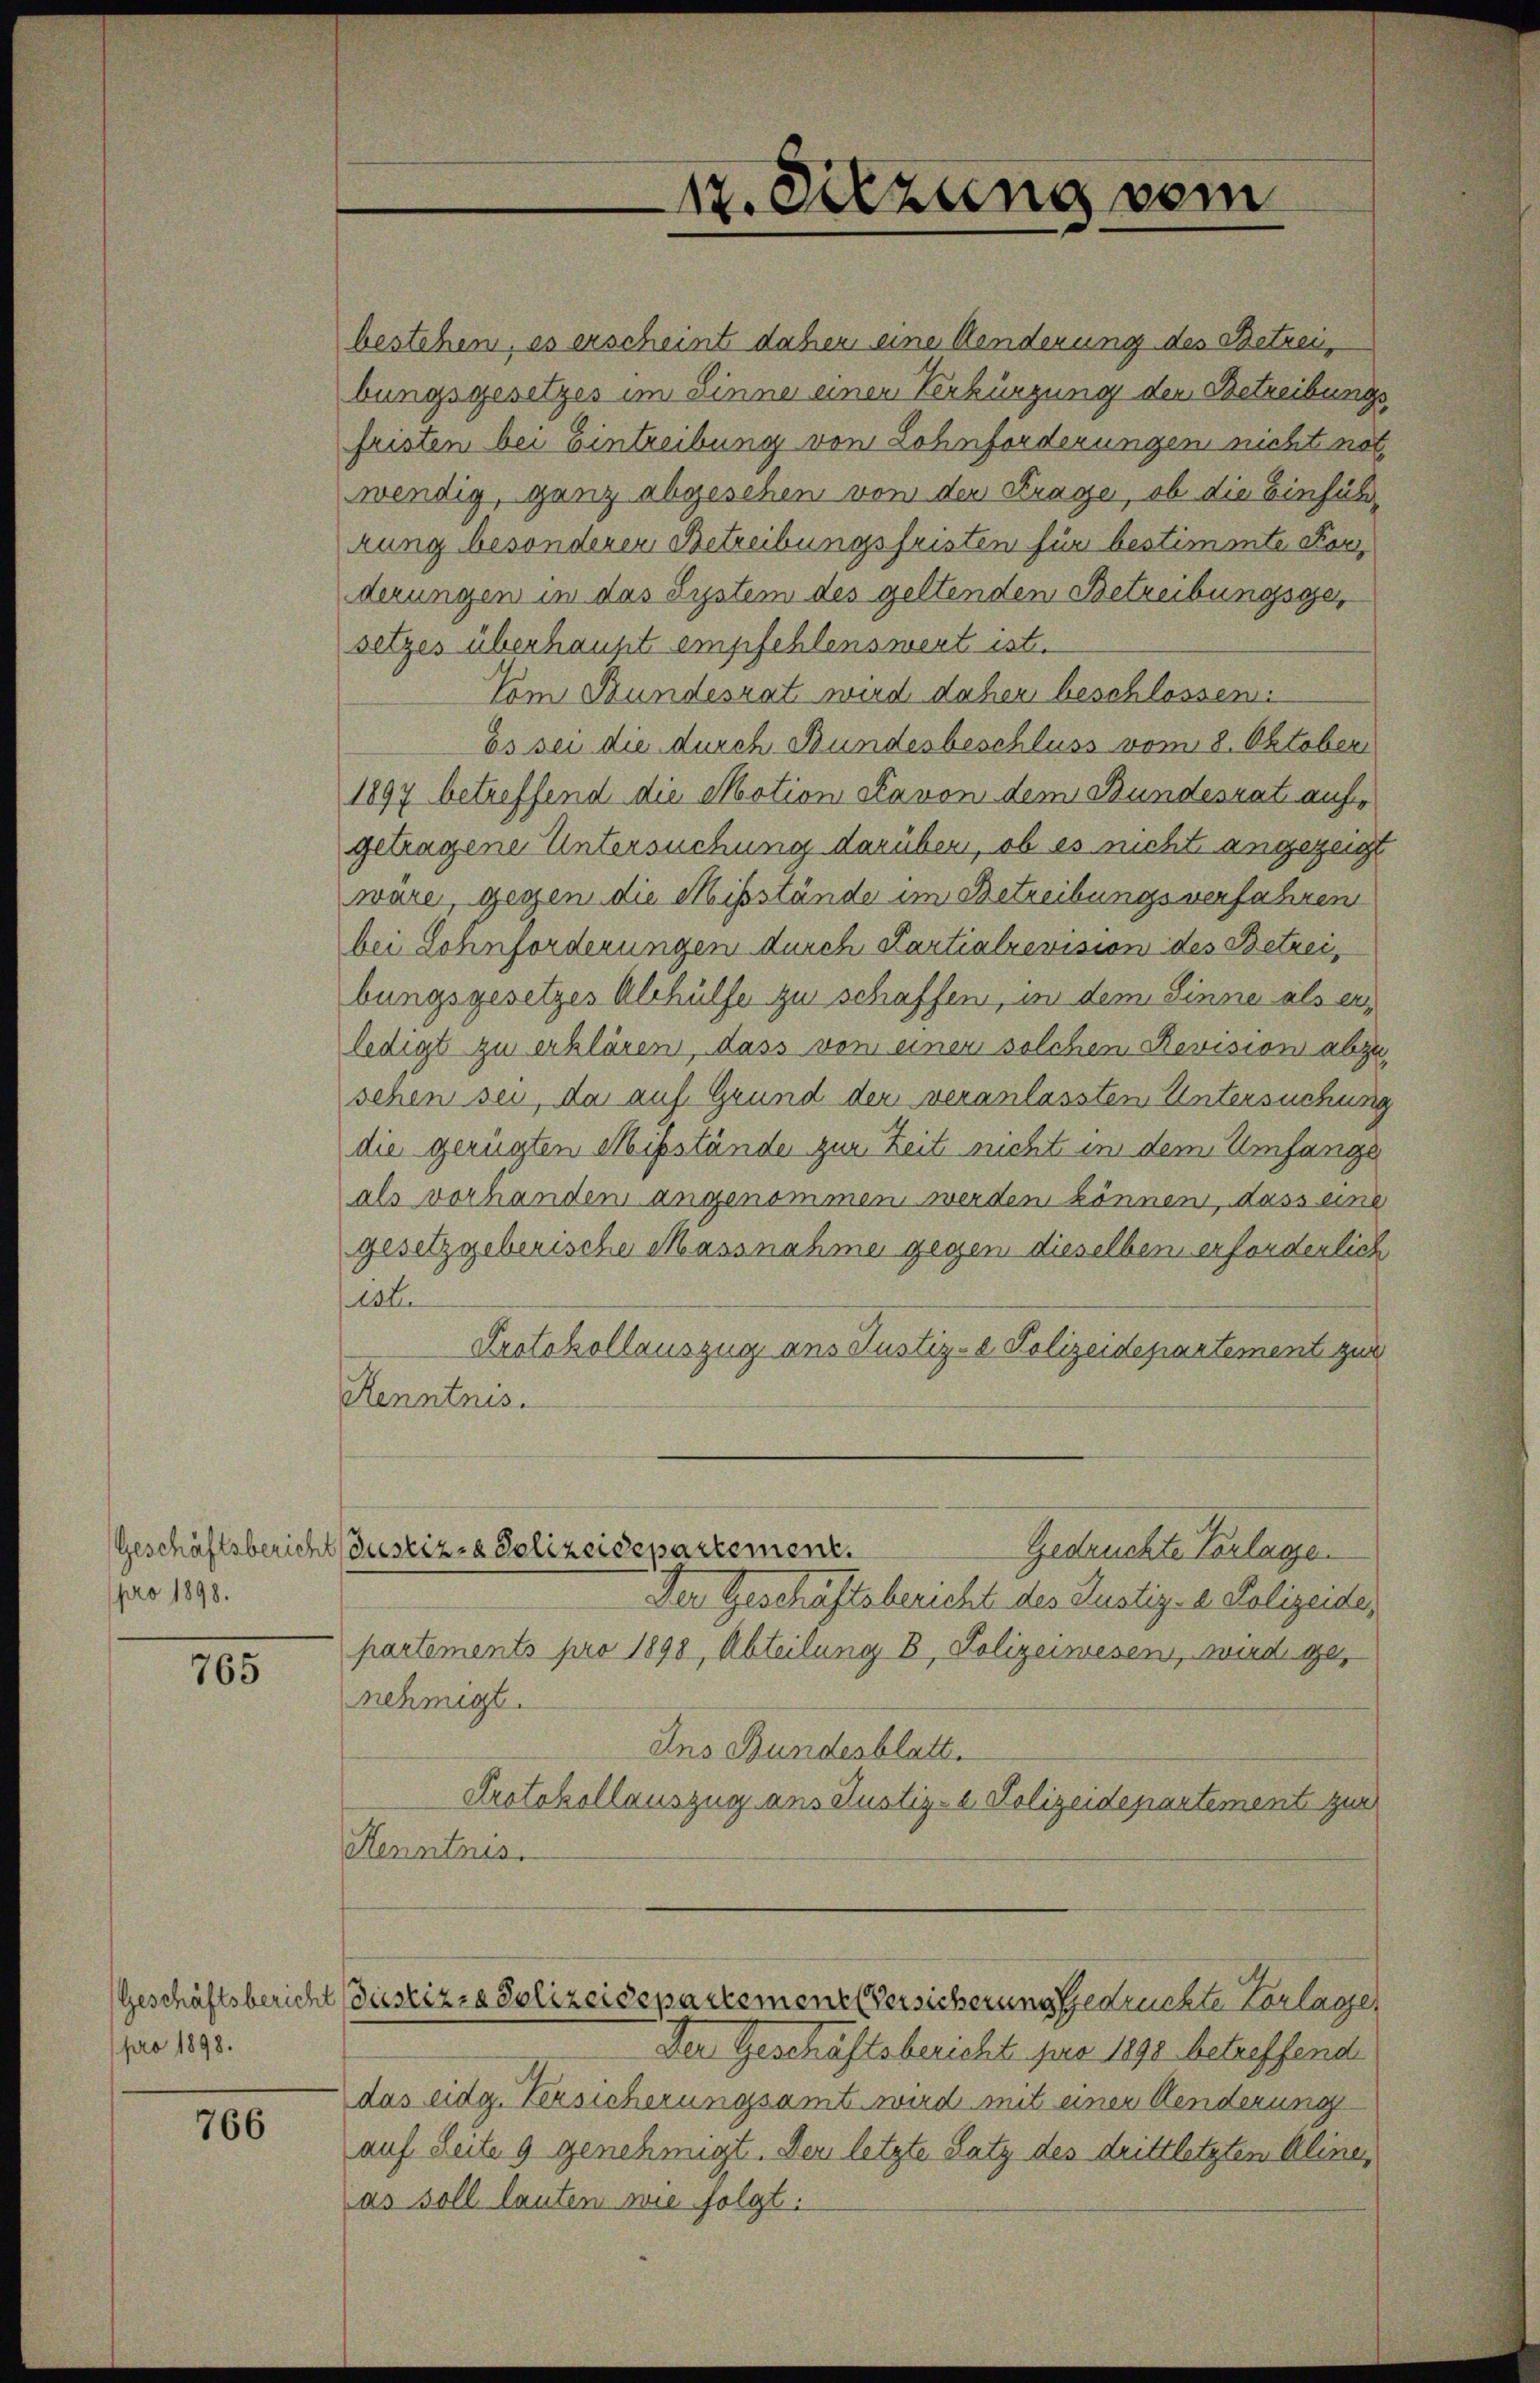
Geschäftsberich
pro 1898.

765

pro 1898.

766

12. Sitzung vom

bestehen, es erscheint daher eine Aenderung des Betrei
bungsgesetzes im Sinne einen Verbürgung der Betreibungsfristen bei Eintreibung von Lohnforderungen nicht not
wendig, ganz abgesehen von der Frage, ob die Einführung besonderer Betreibungsfristen für bestimmte Forderungen in das System des geltenden Betreibungsgesetzes überhaupt empfehlenswert ist.
Vom Bundesrat wird daher beschlossen:
Es sei die durch Bundesbeschluss vom 8. Oktober
1897 betreffend die Motion Slavon dem Bundesrat aufgetragene Untersuchung darüber, ob es nicht angezeigt
wäre, gegen die Missstände im Betreibungsverfahren
bei Lohnforderungen durch Partialrevision des Betreibungsgesetzes Abhülfe zu schaffen, in dem Sinne als erledigt zu erklären, dass von einen solchen Revision abzusehen sei, da auf Grund der veranlassten Untersuchung
die gerügten Missstände zur Zeit nicht in dem Umfangs
als vorhanden angenommen werden können, dass eine
gesetzgeberische Massnahme gegen dieselben erforderlich
10t.
Protokollauszug aus Justiz- Polizeidepartement zur
Kenntnis.
Gedruckte Vorlage
ustiz- & Polizeidepartement.
Der Geschäftsbericht des Justiz- u. Polizeides
partements pro 1898, Abteilung B. Polizeiwesen, wird genehmigt.
Ins Bundesblatt.
Protokollauszug aus Justiz- & Polizeidepartement zur
Henntnis.
(Geschäftsbericht (Justiz- & Polizeidepartement Versicherung gedruckte Vorlage
Der Geschäftsbericht pro 1890 betreffend
das eidg. Versicherungsamt wird mit einer Aenderung
auf Seite 9 genehmigt. Der letzte Satz des drittletzten Aline,
as soll lauten wie folgt.